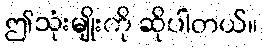
ဤသုံးမျိုးကို ဆိုပါတယ်။